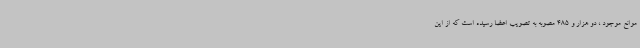
موانع موجود ، دو هزار و 485 مصوبه به تصویب اعضا رسیده است که از این